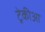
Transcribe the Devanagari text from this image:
ट्रेकीआ